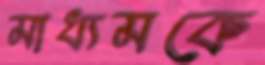
মাধ্যমকে